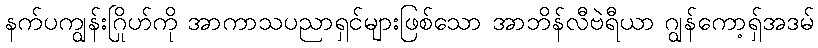
နက်ပကျွန်းဂြိုဟ်ကို အာကာသပညာရှင်များဖြစ်သော အာဘိန်လီဗဲရီယာ ဂျွန်ကော့ရှ်အဒမ်